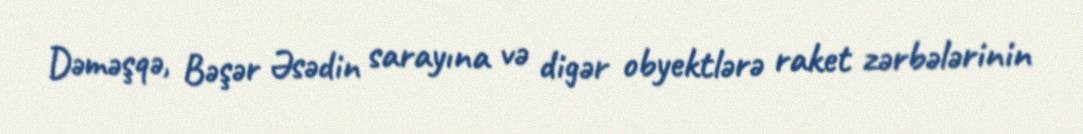
Dəməşqə, Bəşər Əsədin sarayına və digər obyektlərə raket zərbələrinin